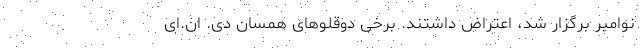
نوامبر برگزار شد، اعتراض داشتند. برخی دوقلو‌های همسان دی. ان.‌ای